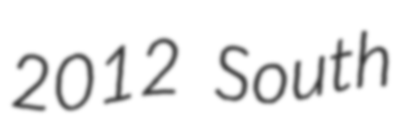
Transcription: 2012 South